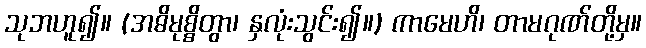
သုဘဟူ၍။ (အဓိမုစ္စိတွာ၊ နှလုံးသွင်း၍။) ကာမေဟိ၊ တာမဂုဏ်တို့မှ။